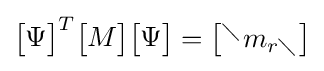
{\begin{bmatrix}\Psi \end{bmatrix}}^{T}{\begin{bmatrix}M\end{bmatrix}}{\begin{bmatrix}\Psi \end{bmatrix}}={\begin{bmatrix}^{\diagdown }m_{r\diagdown }\end{bmatrix}}